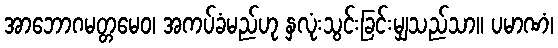
အာဘောဂမတ္တမေဝ၊ အကပ်ခံမည်ဟု နှလုံးသွင်းခြင်းမျှသည်သာ။ ပမာဏံ၊